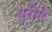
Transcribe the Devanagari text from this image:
युरीने